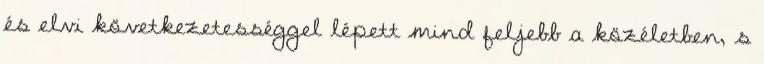
és elvi következetességgel lépett mind feljebb a közéletben, s